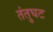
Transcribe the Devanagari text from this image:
तंतुघट